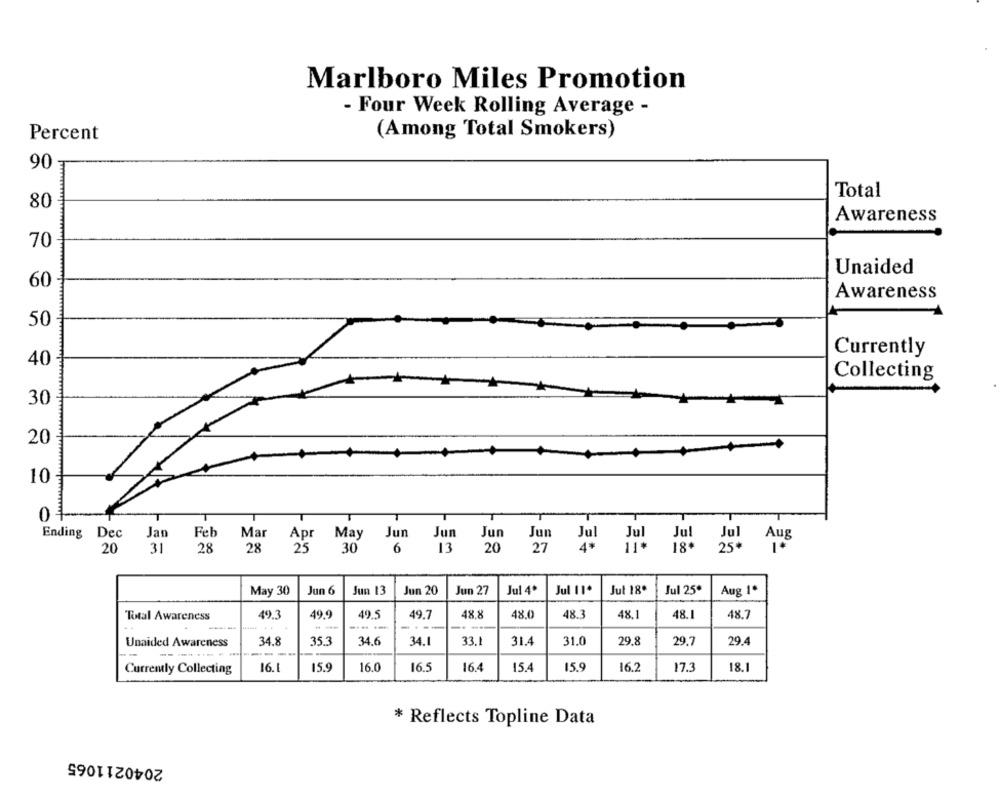
Marlboro Miles Promotion
- Four Week Rolling Average -
Percent
(Among Total Smokers)
90
Total
80
Awareness
70
Unaided
60
Awareness
50
Currently
40
Collecting
30
20
10
0-
Ending Dec
Jan
Feb
Mar
Apr
May
Jun Jun Jun
Jul
Jun
Jul
!! Aus
20
31
28
28
25
30
6
13
20
27
4"
18+
May 30
Jun 6
Jun 13
Jun 20
Jun 27
Jul 4º
Jul 11.
Jul 18
Jul 25*
Aug 1º
Total Awareness
49.3
49.9
49.5
49.7
48.8
48.0
48.3
48.1
48.1
48.7
----
-.-
35.3
33.1
31.0
29.8
29.4
Unaided Awareness
34.8
34.6
34.1
31.4
29.7
Currently Collecting
16.1
15.9
16.0
16.5
16.4
15.4
15.9
167
17.3
18.1
* Reflects Topline Data
2040211065